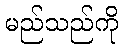
မည်သည်ကို